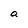
Character: a